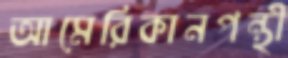
আমেরিকানপন্থী